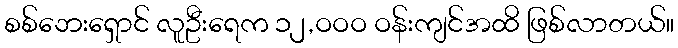
စစ်ဘေးရှောင် လူဦးရေက ၁၂,ဝဝဝ ဝန်းကျင်အထိ ဖြစ်လာတယ်။